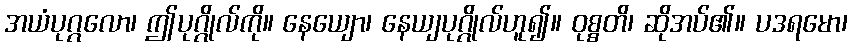
အယံပုဂ္ဂလော၊ ဤပုဂ္ဂိုလ်ကို။ နေယျော၊ နေယျပုဂ္ဂိုလ်ဟူ၍။ ဝုစ္စတိ၊ ဆိုအပ်၏။ ပဒရမော၊